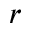
r